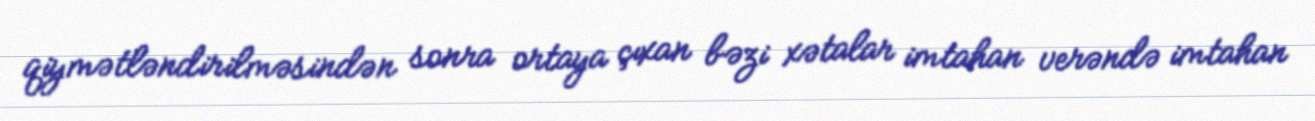
qiymətləndirilməsindən sonra ortaya çıxan bəzi xətalar imtahan verəndə imtahan